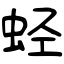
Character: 蛏